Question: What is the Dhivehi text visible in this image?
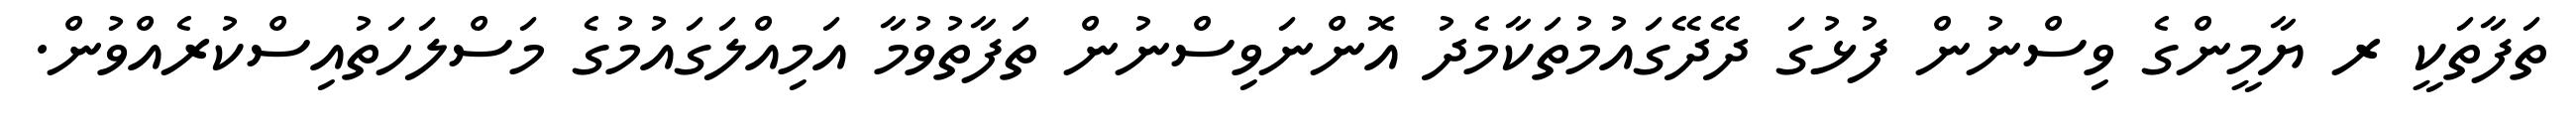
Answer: ތަފާތަކީ ރ ޔާމީންގެ ވިސްނުން ފުޅުގަ ދޭދޭގައުމުތަކާމެދު އޮންނަވިސްނުން ތަފާތުވުމާ އަމިއްލަގައުމުގެ މަސްލަހަތުއިސްކުރެއްވުން.